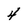
Character: 4